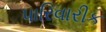
પારિવારીક